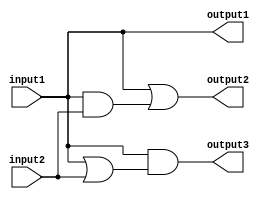
`timescale 1ns / 1ps
//////////////////////////////////////////////////////////////////////////////////
// Company: 
// Engineer: 
// 
// Design Name: 
// Module Name: lab3_df
// Project Name: 
// Target Devices: 
// Tool Versions: 
// Description: 
// 
// Dependencies: 
// 
// Revision:
// Revision 0.01 - File Created
// Additional Comments:
// 
//////////////////////////////////////////////////////////////////////////////////


module lab3_df(
    input input1,
    input input2,
    output output1,
    output output2,
    output output3
    );
    assign output1 = input1;
    assign output2 = input1 | (input1 & input2);
    assign output3 = input1 & (input1 | input2);
    
endmodule